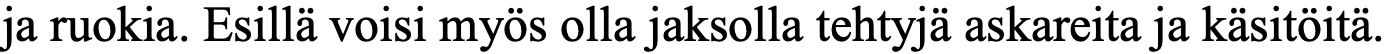
ja ruokia. Esillä voisi myös olla jaksolla tehtyjä askareita ja käsitöitä.